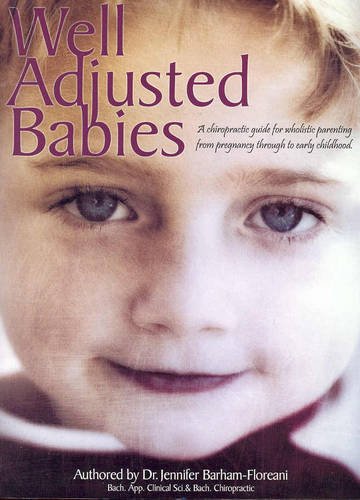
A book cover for Well Adjusted Babies; Jennifer Barham-Floreani; Medical Books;